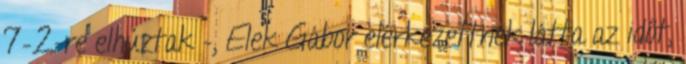
7–2-re elhúztak –, Elek Gábor elérkezettnek látta az időt,